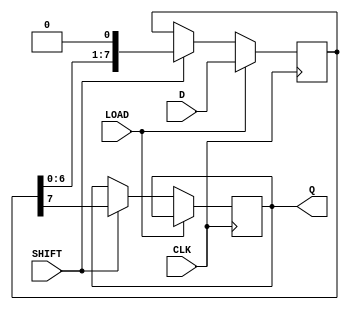
module dynamic_piso_register #(
    parameter WIDTH = 8  // Parameter for the width of the register
)(
    input wire [WIDTH-1:0] D,   // Parallel input data
    input wire LOAD,             // Load control signal
    input wire SHIFT,            // Shift control signal
    input wire CLK,              // Clock signal
    output reg Q                // Serial output
);

    reg [WIDTH-1:0] shift_reg;   // Shift register to hold the data

    always @(posedge CLK) begin
        if (LOAD) begin
            // Load data into the register on the rising edge of the clock
            shift_reg <= D;       // Load data in parallel
        end else if (SHIFT) begin
            // Shift data out serially
            Q <= shift_reg[WIDTH-1]; // Output the MSB (most significant bit)
            shift_reg <= {shift_reg[WIDTH-2:0], 1'b0}; // Shift left
        end
    end

endmodule